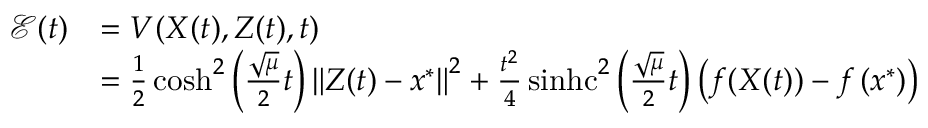
\begin{array} { r l } { \mathcal { E } ( t ) } & { = V ( X ( t ) , Z ( t ) , t ) } \\ & { = \frac { 1 } { 2 } \cosh ^ { 2 } \left( \frac { \sqrt { \mu } } { 2 } t \right) \left\Vert Z ( t ) - x ^ { * } \right\Vert ^ { 2 } + \frac { t ^ { 2 } } { 4 } \operatorname { s i n h c } ^ { 2 } \left( \frac { \sqrt { \mu } } { 2 } t \right) \left( f ( X ( t ) ) - f \left( x ^ { * } \right) \right) } \end{array}